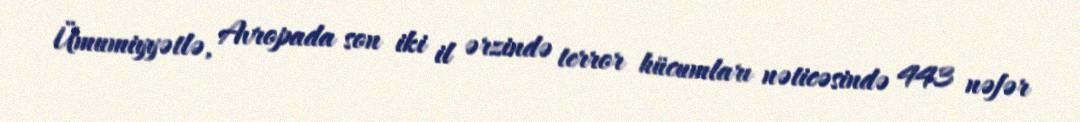
Ümumiyyətlə, Avropada son iki il ərzində terror hücumları nəticəsində 443 nəfər